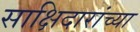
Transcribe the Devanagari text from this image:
साक्षिदारांच्या